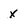
Character: x